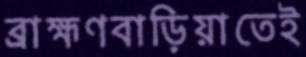
ব্রাহ্মণবাড়িয়াতেই